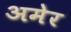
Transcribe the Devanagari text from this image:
अमेर